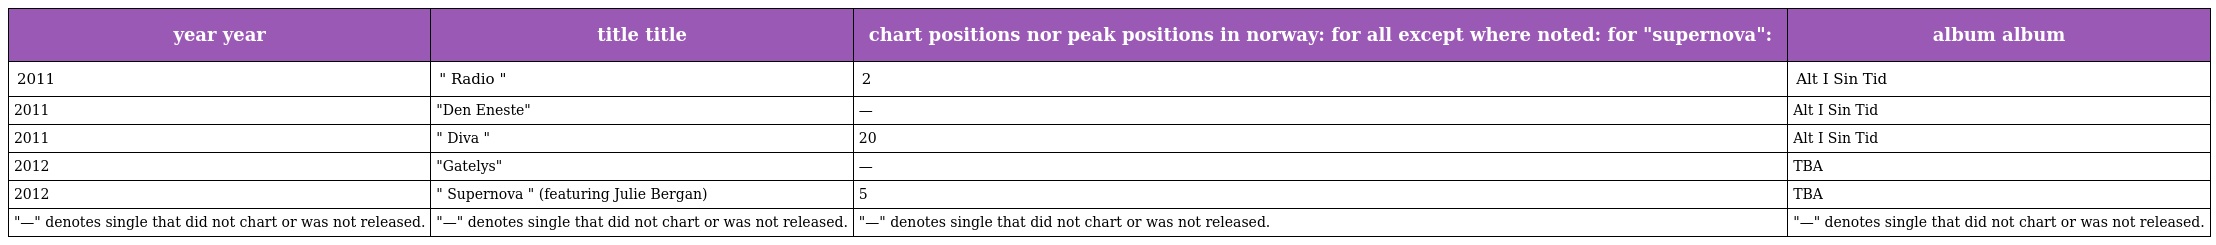
| year year | title title | chart positions nor peak positions in norway: for all except where noted: for "supernova": | album album |
 | --- | --- | --- | --- |
 | 2011 | " Radio " | 2 | Alt I Sin Tid |
 | 2011 | "Den Eneste" | — | Alt I Sin Tid |
 | 2011 | " Diva " | 20 | Alt I Sin Tid |
 | 2012 | "Gatelys" | — | TBA |
 | 2012 | " Supernova " (featuring Julie Bergan) | 5 | TBA |
 | "—" denotes single that did not chart or was not released. | "—" denotes single that did not chart or was not released. | "—" denotes single that did not chart or was not released. | "—" denotes single that did not chart or was not released. |